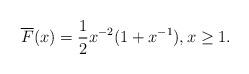
LaTeX: \begin{align*}\overline F(x) & = \frac 1{2} x^{-2}(1+x^{{-1}}), x\ge 1.\end{align*}